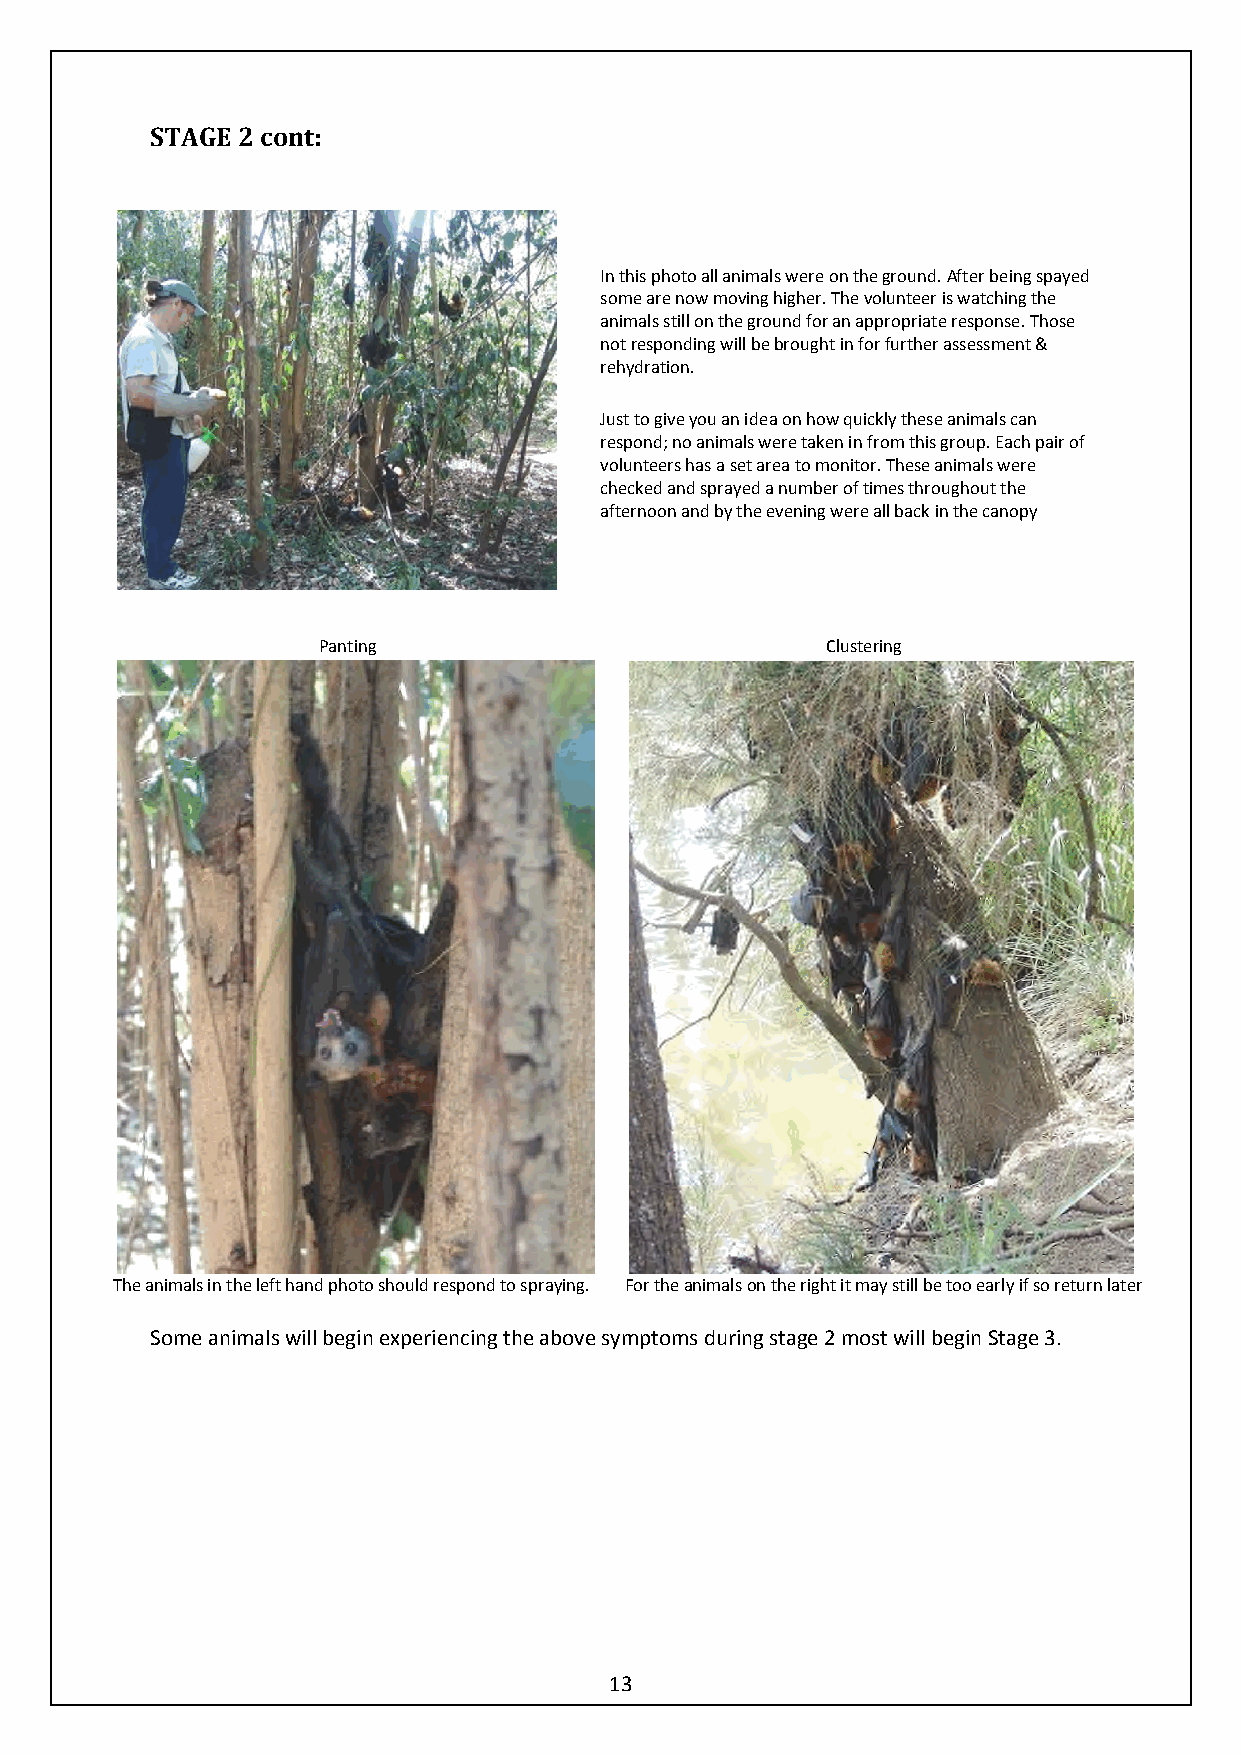
STAGE 2 cont:
 In this photo all animals were on the ground. After being spayed
 some are now moving higher. The volunteer is watching the
 animals still on the ground for an appropriate response. Those
 not responding will be brought in for further assessment &
 rehydration.
 Just to give you an idea on how quickly these animals can
 respond; no animals were taken in from this group. Each pair of
 volunteers has a set area to monitor. These animals were
 checked and sprayed a number of times throughout the
 afternoon and by the evening were all back in the canopy
 Panting                           Clustering
 The animals in the left hand photo should respond to spraying. For the animals on the right it may still be too early if so return later
 Some animals will begin experiencing the above symptoms during stage 2 most will begin Stage 3.
 13